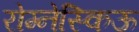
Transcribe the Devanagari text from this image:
रोम्नेस्किऊ